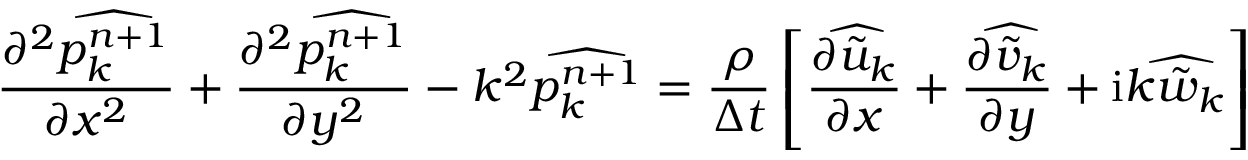
\frac { \partial ^ { 2 } \widehat { p _ { k } ^ { n + 1 } } } { \partial x ^ { 2 } } + \frac { \partial ^ { 2 } \widehat { p _ { k } ^ { n + 1 } } } { \partial y ^ { 2 } } - k ^ { 2 } \widehat { p _ { k } ^ { n + 1 } } = \frac { \rho } { \Delta t } \left[ \frac { \partial \widehat { \tilde { u } _ { k } } } { \partial x } + \frac { \partial \widehat { \tilde { v } _ { k } } } { \partial y } + \mathrm { i } k \widehat { \tilde { w } _ { k } } \right]